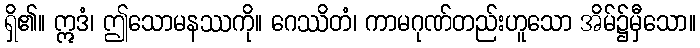
ရှိ၏။ ဣဒံ၊ ဤသောမနဿကို။ ဂေဿိတံ၊ ကာမဂုဏ်တည်းဟူသော အိမ်၌မှီသော။